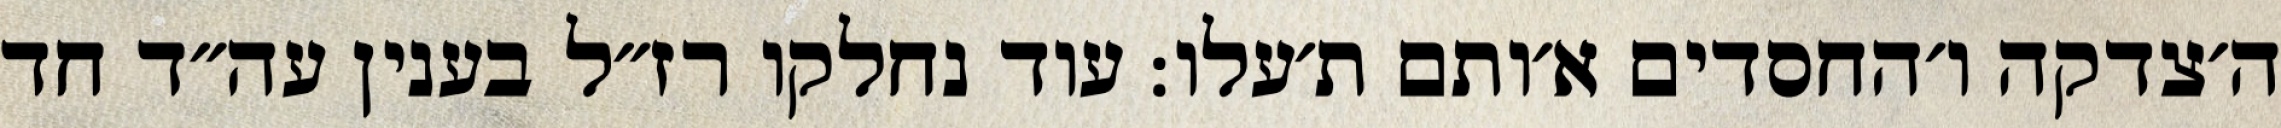
ה׳צדקה ו׳החסדים א׳ותם ת׳עלו: עוד נחלקו רז״ל בענין עה״ד חד